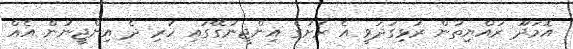
އޮމަދޫ ރައްޔިތުން ރުޅިގަދަވީ އެ ރަށުގެ އިންޖީނުގޭގައި ހުރި ދެ އިންޖީނުން އެއް